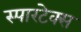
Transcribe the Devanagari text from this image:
स्पारटेक्स